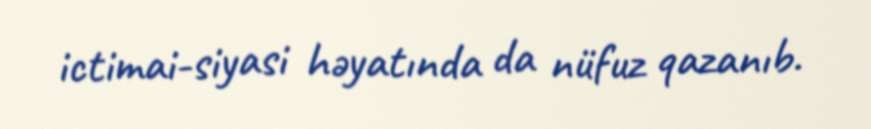
ictimai-siyasi həyatında da nüfuz qazanıb.